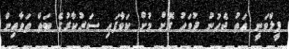
ފީލްވަނީ އަތު ޖެހުނު ދުވަހު ގޮށް މުށް ކަވާފައި ސަރުކާރުގެ ބަތް ތަވާއިން